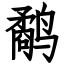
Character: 鹬